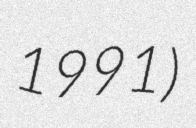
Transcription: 1991)